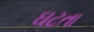
ઘટતા